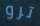
ترو